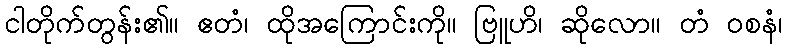
ငါတိုက်တွန်း၏။ ဧတံ၊ ထိုအကြောင်းကို။ ဗြူဟိ၊ ဆိုလော။ တံ ဝစနံ၊